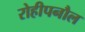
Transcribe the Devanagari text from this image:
रोहीपनौल